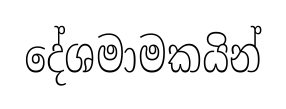
දේශමාමකයින්